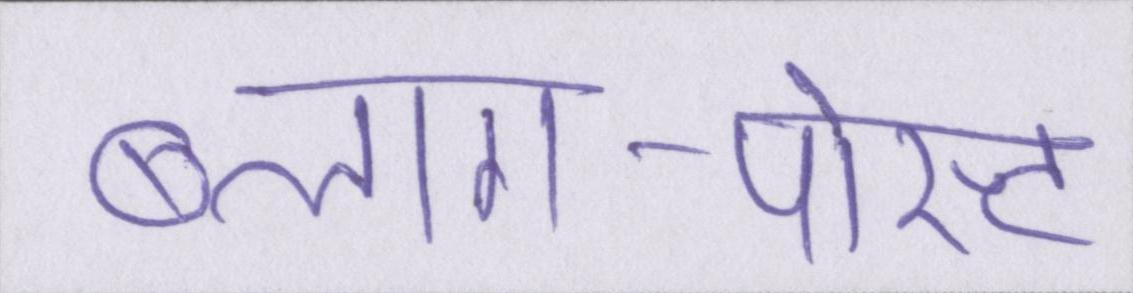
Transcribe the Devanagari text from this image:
ब्लाग-पोस्ट